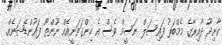
ކާށިދޫ ދާއިރާގެ މެމްބަރު ފައިސަލް ނަސީމް ވެސް އެ ހިންގަވަނީއެއް ނޫންތޯ ފައުންޑޭޝަނެއް.